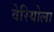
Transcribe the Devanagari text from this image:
वेरियोला